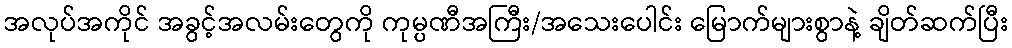
အလုပ်အကိုင် အခွင့်အလမ်းတွေကို ကုမ္ပဏီအကြီး/အသေးပေါင်း မြောက်များစွာနဲ့ ချိတ်ဆက်ပြီး